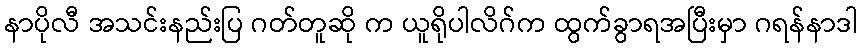
နာပိုလီ အသင်းနည်းပြ ဂတ်တူဆို က ယူရိုပါလိဂ်က ထွက်ခွာရအပြီးမှာ ဂရန်နာဒါ